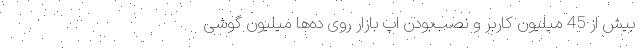
بیش از 45 میلیون کاربر و نصب‌بودن اپ بازار روی ده‌ها میلیون گوشی